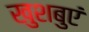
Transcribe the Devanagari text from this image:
खुशबुएं